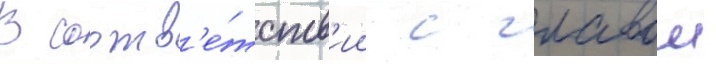
В соотв'е́тств'ии с главои